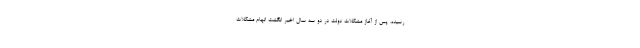
رسیده، پس از آغاز مشکلات دولت در دو سه سال اخیر انگشت اتهام مشکلات